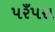
પરઁપરા